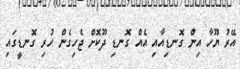
އޭރު ޔޫހާ އިން ގޮނޑިއާއި އެއް ގޮނޑި ދޫކޮށް ޖެހިގެން ހުރި ގޮނޑީގައި